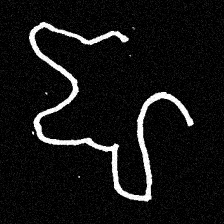
Pyu character \u2014 Myanmar letter: ဈ (romanized: jha)